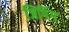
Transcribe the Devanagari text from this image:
जिगिंग